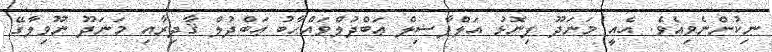
ނިކުންނެވިއެވެ. އެއީ މަނަދޫ ފިނޮޅު އަލްފާޟިލް ޢަބްދުލްވައްޙާބު ޢަބްދުލް ޤާދިރާއި މަނަދޫ ނޫވިލާގޭ